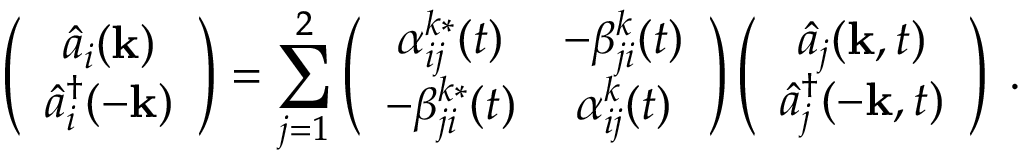
\left( \begin{array} { c } { { \hat { a } _ { i } ( { \bf k } ) } } \\ { { \hat { a } _ { i } ^ { \dag } ( - { \bf k } ) } } \end{array} \right) = \sum _ { j = 1 } ^ { 2 } \left( \begin{array} { c c } { { \alpha _ { i j } ^ { k \ast } ( t ) } } & { { - \beta _ { j i } ^ { k } ( t ) } } \\ { { - \beta _ { j i } ^ { k \ast } ( t ) } } & { { \alpha _ { i j } ^ { k } ( t ) } } \end{array} \right) \left( \begin{array} { c } { { \hat { a } _ { j } ( { \bf k } , t ) } } \\ { { \hat { a } _ { j } ^ { \dag } ( - { \bf k } , t ) } } \end{array} \right) \; .